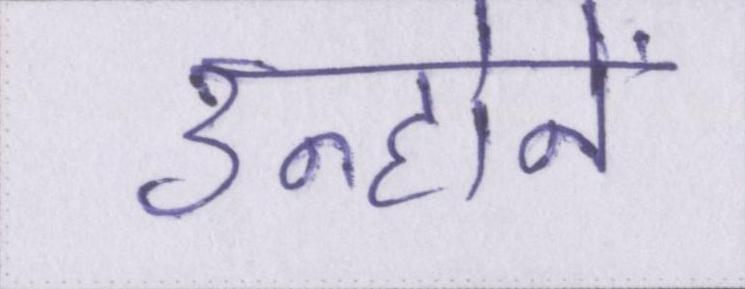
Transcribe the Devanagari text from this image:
उन्होनें